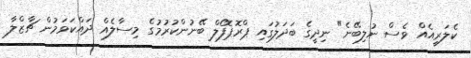
ކެލަރީއެއް ވެސް ނުލިބޭނެ" ނިދީގެ ބަދަލުގައި ޕްރޮޕޮފޯލް ބޭނުންކުރުމުގެ މިސާލެއް ދައްކަވަމުން ޗާޒްލާ